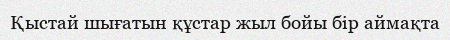
Қыстай шығатын құстар жыл бойы бір аймақта